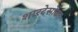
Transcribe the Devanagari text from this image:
शारदेसोबत